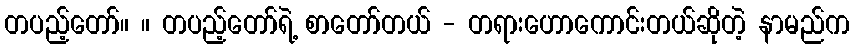
တပည့်တော်။ ။ တပည့်တော်ရဲ့ စာတော်တယ် - တရားဟောကောင်းတယ်ဆိုတဲ့ နာမည်က